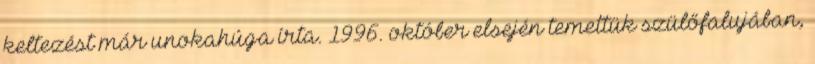
keltezést már unokahúga írta. 1996. október elsején temettük szülőfalujában,